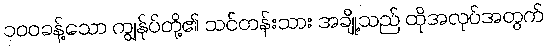
၁၀၀ခန့်သော ကျွန်ုပ်တို့၏ သင်တန်းသား အချို့သည် ထိုအလုပ်အတွက်